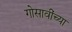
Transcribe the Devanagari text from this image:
गोसावींच्या